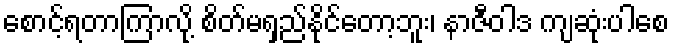
စောင့်ရတာကြာလို့ စိတ်မရှည်နိုင်တော့ဘူး၊ နာဇီဝါဒ ကျဆုံးပါစေ